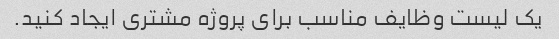
یک لیست وظایف مناسب برای پروژه مشتری ایجاد کنید.